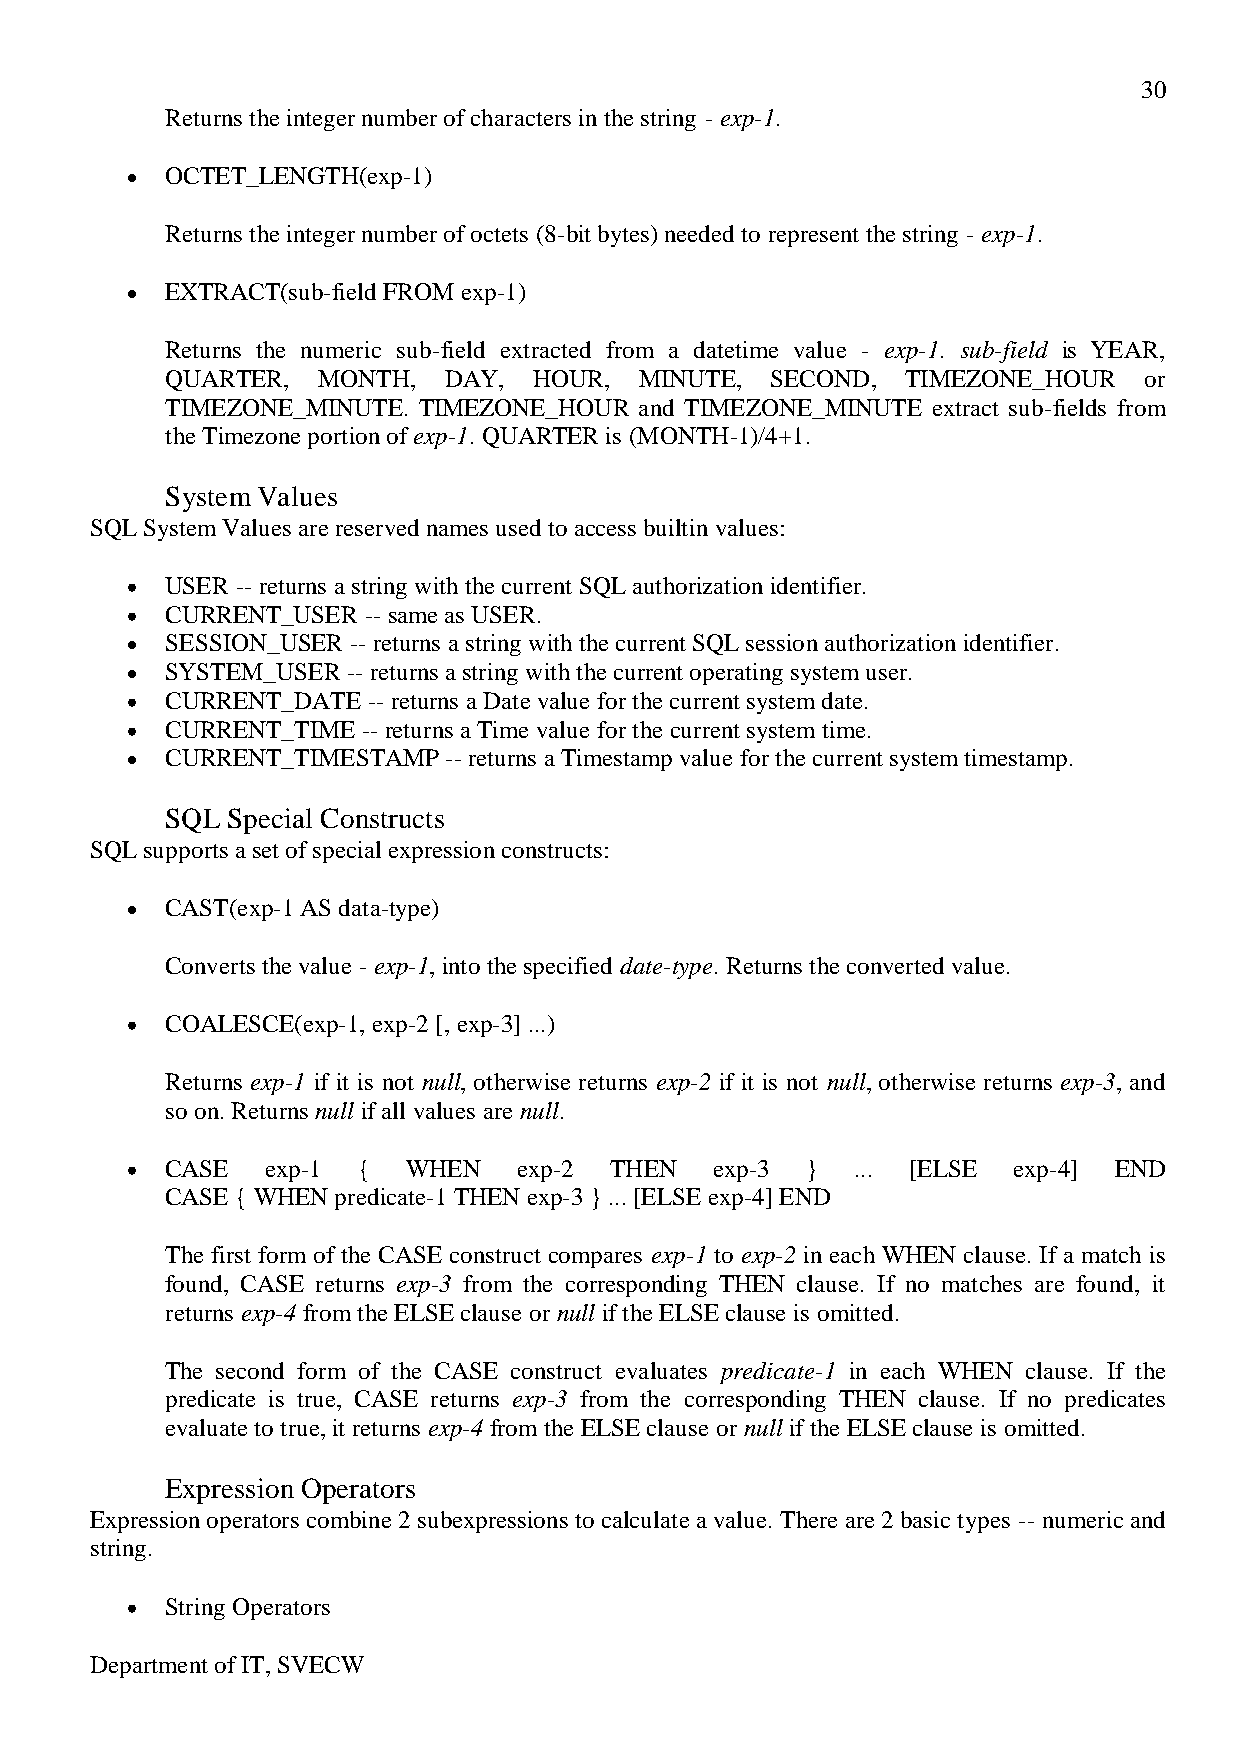
30
 Returns the integer number of characters in the string - exp-1.
 OCTET_LENGTH(exp-1)
 Returns the integer number of octets (8-bit bytes) needed to represent the string - exp-1.
 EXTRACT(sub-field FROM exp-1)
 Returns the numeric sub-field extracted from a datetime value - exp-1. sub-field is YEAR,
 QUARTER,  MONTH,  DAY,  HOUR,  MINUTE,  SECOND,  TIMEZONE_HOUR   or
 TIMEZONE_MINUTE. TIMEZONE_HOUR and TIMEZONE_MINUTE extract sub-fields from
 the Timezone portion of exp-1. QUARTER is (MONTH-1)/4+1.
 System Values
 SQL System Values are reserved names used to access builtin values:
 USER -- returns a string with the current SQL authorization identifier.
 CURRENT_USER -- same as USER.
 SESSION_USER -- returns a string with the current SQL session authorization identifier.
 SYSTEM_USER -- returns a string with the current operating system user.
 CURRENT_DATE -- returns a Date value for the current system date.
 CURRENT_TIME -- returns a Time value for the current system time.
 CURRENT_TIMESTAMP -- returns a Timestamp value for the current system timestamp.
 SQL Special Constructs
 SQL supports a set of special expression constructs:
 CAST(exp-1 AS data-type)
 Converts the value - exp-1, into the specified date-type. Returns the converted value.
 COALESCE(exp-1, exp-2 [, exp-3] ...)
 Returns exp-1 if it is not null, otherwise returns exp-2 if it is not null, otherwise returns exp-3, and
 so on. Returns null if all values are null.
 CASE   exp-1 {  WHEN   exp-2 THEN   exp-3 }  ... [ELSE  exp-4] END
 CASE { WHEN predicate-1 THEN exp-3 } ... [ELSE exp-4] END
 The first form of the CASE construct compares exp-1 to exp-2 in each WHEN clause. If a match is
 found, CASE returns exp-3 from the corresponding THEN clause. If no matches are found, it
 returns exp-4 from the ELSE clause or null if the ELSE clause is omitted.
 The second form of the CASE construct evaluates predicate-1 in each WHEN clause. If the
 predicate is true, CASE returns exp-3 from the corresponding THEN clause. If no predicates
 evaluate to true, it returns exp-4 from the ELSE clause or null if the ELSE clause is omitted.
 Expression Operators
 Expression operators combine 2 subexpressions to calculate a value. There are 2 basic types -- numeric and
 string.
 String Operators
 Department of IT, SVECW